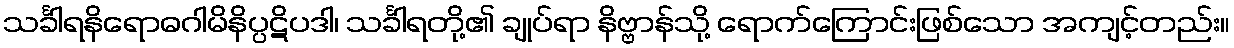
သင်္ခါရနိရောဓဂါမိနိပ္ပဋိပဒါ၊ သင်္ခါရတို့၏ ချုပ်ရာ နိဗ္ဗာန်သို့ ရောက်ကြောင်းဖြစ်သော အကျင့်တည်း။